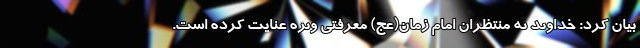
بیان کرد: خداوند به منتظران امام زمان(عج) معرفتی ویژه عنایت کرده است.